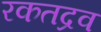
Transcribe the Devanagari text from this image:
रकतद्रव